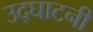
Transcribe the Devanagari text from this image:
उद्घाटनी